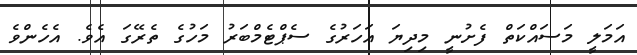
އަމަލީ މަސައްކަތް ފެށުނީ މިިދިޔަ އަހަރުގެ ސެޕްޓެމްބަރު މަހުގެ ތެރޭގަ އެވެ. އެހެންވެ